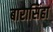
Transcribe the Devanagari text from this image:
बारासिंहा